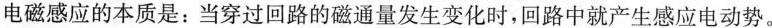
电磁感应的本质是：当穿过回路的磁通量发生变化时，回路中就产生感应电动势。